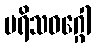
ပရိသဝဂ္ဂေါ